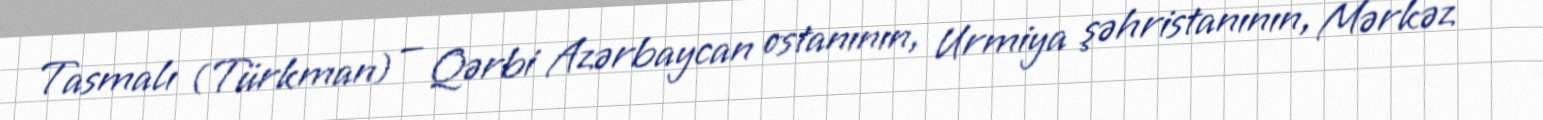
Tasmalı (Türkman) — Qərbi Azərbaycan ostanının, Urmiya şəhristanının, Mərkəz